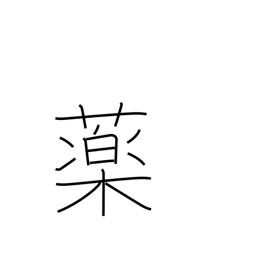
Meaning: enamel